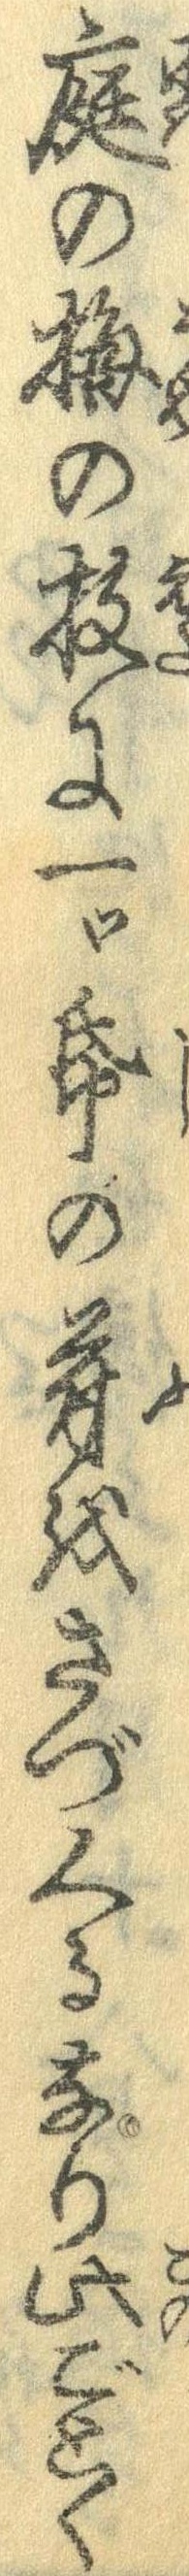
庭の梅の枝に一つ紙の符をさづくるなり此ごとく